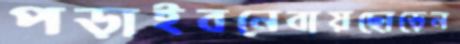
পড়াইবনেবায়ছোড়েন